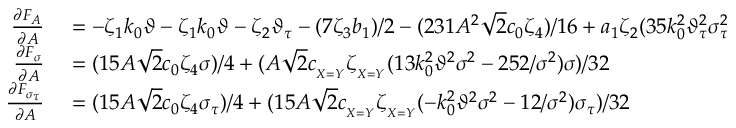
\begin{array} { r l } { \frac { \partial F _ { A } } { \partial A } } & { { } = - \zeta _ { 1 } k _ { 0 } \vartheta - \zeta _ { 1 } k _ { 0 } \vartheta - \zeta _ { 2 } \vartheta _ { \tau } - ( 7 \zeta _ { 3 } b _ { 1 } ) / 2 - ( 2 3 1 A ^ { 2 } \sqrt { 2 } c _ { 0 } \zeta _ { 4 } ) / 1 6 + a _ { 1 } \zeta _ { 2 } ( 3 5 k _ { 0 } ^ { 2 } \vartheta _ { \tau } ^ { 2 } \sigma _ { \tau } ^ { 2 } + 1 5 6 / \sigma _ { \tau } ^ { 2 } ) / 8 } \\ { \frac { \partial F _ { \sigma } } { \partial A } } & { { } = ( 1 5 A \sqrt { 2 } c _ { 0 } \zeta _ { 4 } \sigma ) / 4 + ( A \sqrt { 2 } c _ { _ { X = Y } } \zeta _ { _ { X = Y } } ( 1 3 k _ { 0 } ^ { 2 } \vartheta ^ { 2 } \sigma ^ { 2 } - 2 5 2 / \sigma ^ { 2 } ) \sigma ) / 3 2 } \\ { \frac { \partial F _ { \sigma _ { \tau } } } { \partial A } } & { { } = ( 1 5 A \sqrt { 2 } c _ { 0 } \zeta _ { 4 } \sigma _ { \tau } ) / 4 + ( 1 5 A \sqrt { 2 } c _ { _ { X = Y } } \zeta _ { _ { X = Y } } ( - k _ { 0 } ^ { 2 } \vartheta ^ { 2 } \sigma ^ { 2 } - 1 2 / \sigma ^ { 2 } ) \sigma _ { \tau } ) / 3 2 } \end{array}